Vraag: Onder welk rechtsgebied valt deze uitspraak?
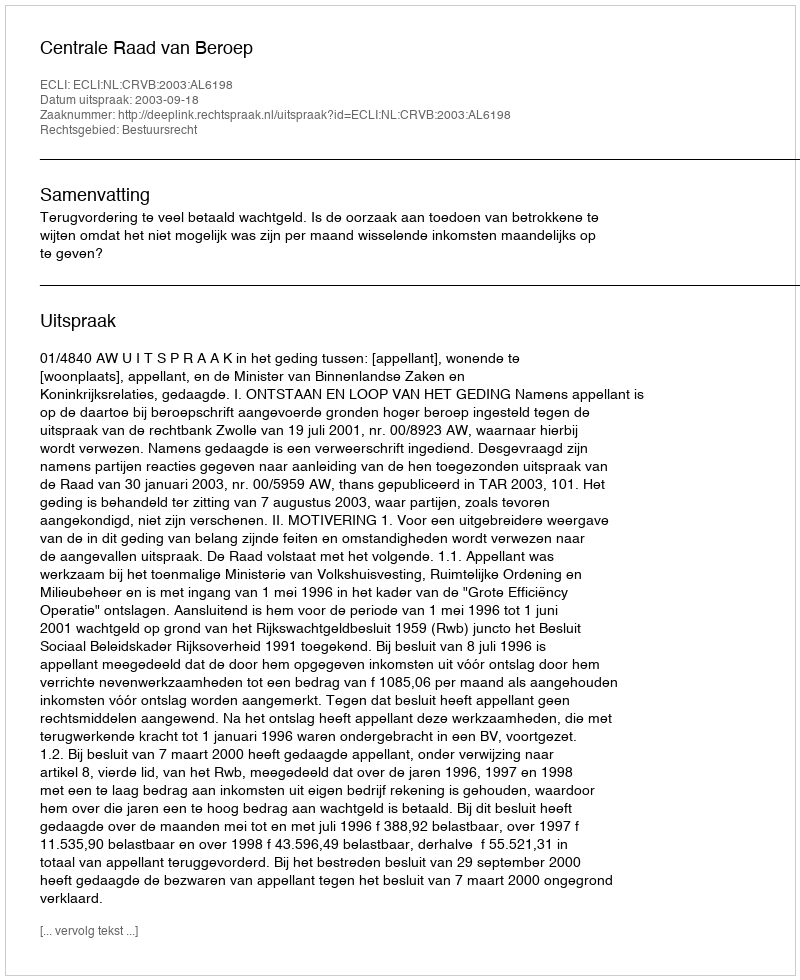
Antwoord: Bestuursrecht